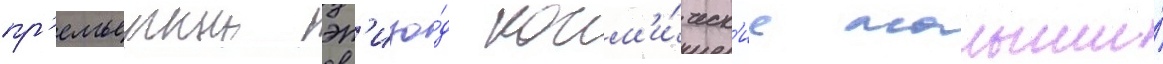
пр'емьерныи эп'изо́д косм'и́ческ'ие малыши́